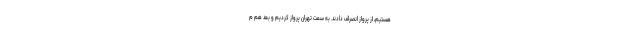
هستیم، از پرواز انصراف دادند. به سمت تهران پرواز کردیم و بعد هم م